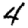
Digit: 4